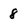
Character: 8